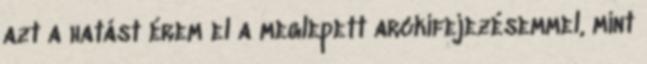
azt a hatást érem el a meglepett arckifejezésemmel, mint